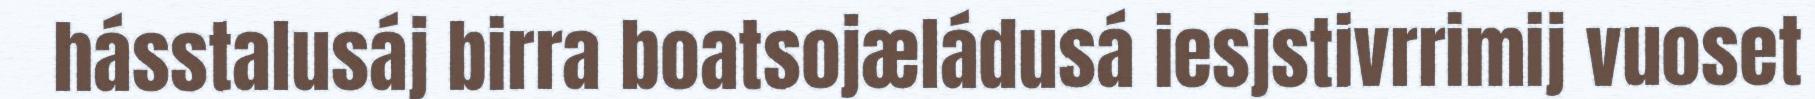
hásstalusáj birra boatsojæládusá iesjstivrrimij vuoset